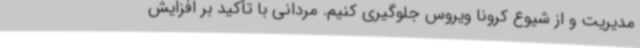
مدیریت و از شیوع کرونا ویروس جلوگیری کنیم. مردانی با تأکید بر افزایش